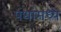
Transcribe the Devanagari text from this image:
पंथांमध्ये